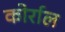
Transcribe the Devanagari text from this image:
कोर्राल